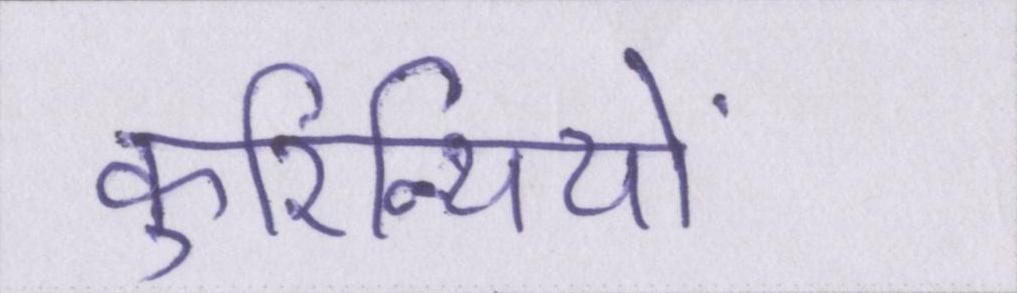
कुरिन्थियों